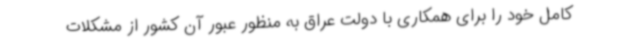
کامل خود را برای همکاری با دولت عراق به منظور عبور آن کشور از مشکلات